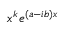
x ^ { k } e ^ { ( a - i b ) x }